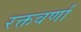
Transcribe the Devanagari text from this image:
रक्तवर्णां